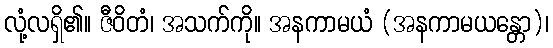
လုံ့လရှိ၏။ ဇီဝိတံ၊ အသက်ကို။ အနကာမယံ (အနကာမယန္တော)၊